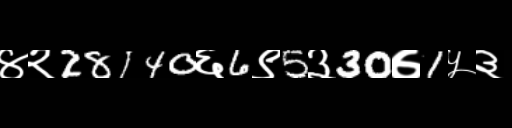
Text: ४२28140६6९5३30७1५३